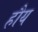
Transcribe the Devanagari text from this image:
हौय